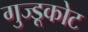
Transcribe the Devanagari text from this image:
गुज्डूकोट